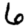
Digit: 6